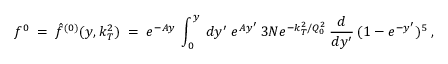
f ^ { 0 } \; = \; \hat { f } ^ { ( 0 ) } ( y , k _ { T } ^ { 2 } ) \; = \; e ^ { - A y } \: \int _ { 0 } ^ { y } \: d y ^ { \prime } \: e ^ { A y ^ { \prime } } \: 3 N e ^ { - k _ { T } ^ { 2 } / Q _ { 0 } ^ { 2 } } \: \frac { d } { d y ^ { \prime } } \: ( 1 - e ^ { - y ^ { \prime } } ) ^ { 5 } \; ,